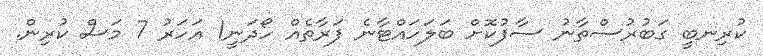
ކުރިނބީ ގަބުރުސްތާނު ސާފުކޮށް ބަލަހައްޓާނެ ފަރާތެއް ހޯދަނީ1 އަހަރު 7 މަސް ކުރިން.